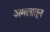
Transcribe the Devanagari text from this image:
अमलातून